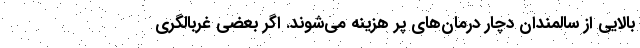
بالایی از سالمندان دچار درمان‌های پر هزینه می‌شوند. اگر بعضی غربالگری‌